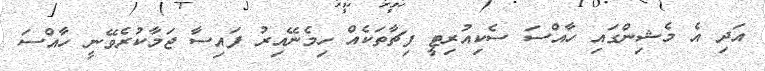
އަދި އެ މެޝިންގައި ހާއްސަ ސެކިއުރިޓީ ފިޗާތަކެއް ހިމެނޭއިރު ފައިސާ ޖަމާކުރެވޭނީ ހާއްސަ